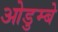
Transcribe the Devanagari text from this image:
ओडुम्बे